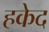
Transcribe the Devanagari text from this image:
हकेद